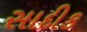
સાદીક